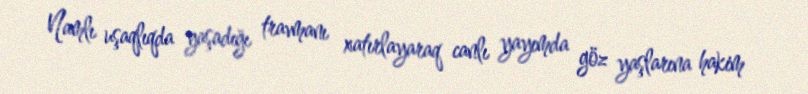
Namlı uşaqlıqda yaşadığı travmanı xatırlayaraq canlı yayımda göz yaşlarına hakim